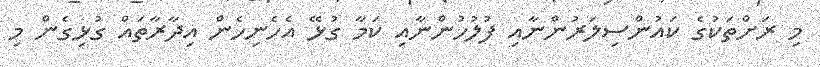
މި ރަށްތަކުގެ ކައުންސިލަރުންނާއި ފުލުހުންނާއި ކަމާ ގުޅޭ އެހެނިހެން އިދާރާތައް ގުޅިގެން މި